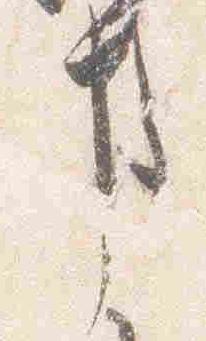
事